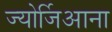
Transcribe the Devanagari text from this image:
ज्योर्जिआना